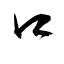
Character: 口